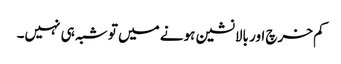
کم خرچ اور بالانشین ہونے میں تو شبہ ہی نہیں۔